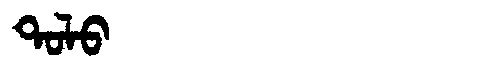
Manchu: ᡨᠣᠯᠣ
Romanization: TOLO